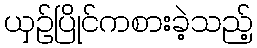
ယှဉ်ပြိုင်ကစားခဲ့သည့်